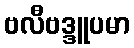
ဗလီဗဒ္ဒူပမာ